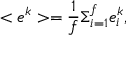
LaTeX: < e ^ { k } > = { \frac { 1 } { f } } \Sigma _ { i = 1 } ^ { f } e _ { i } ^ { k } ,